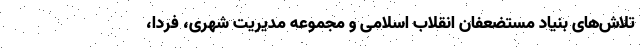
تلاش‌های بنیاد مستضعفان انقلاب اسلامی و مجموعه مدیریت شهری، فردا،